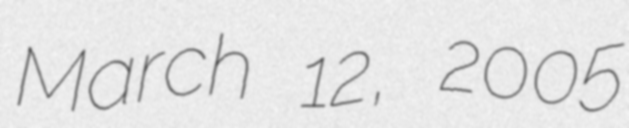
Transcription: March 12, 2005